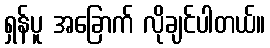
ရှန်ပူ အခြောက် လိုချင်ပါတယ်။